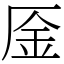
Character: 㕋